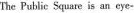
The Public Square is an eye-